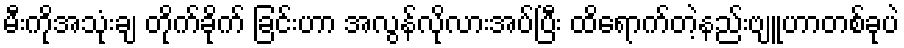
မီးကိုအသုံးချ တိုက်ခိုက် ခြင်းဟာ အလွန်လိုလားအပ်ပြီး ထိရောက်တဲ့နည်းဗျူဟာတစ်ခုပဲ